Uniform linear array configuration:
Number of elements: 16
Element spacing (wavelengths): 0.75
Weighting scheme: cosine
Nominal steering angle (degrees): -60
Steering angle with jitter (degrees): -60.478
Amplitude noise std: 0.05
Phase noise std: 0.05

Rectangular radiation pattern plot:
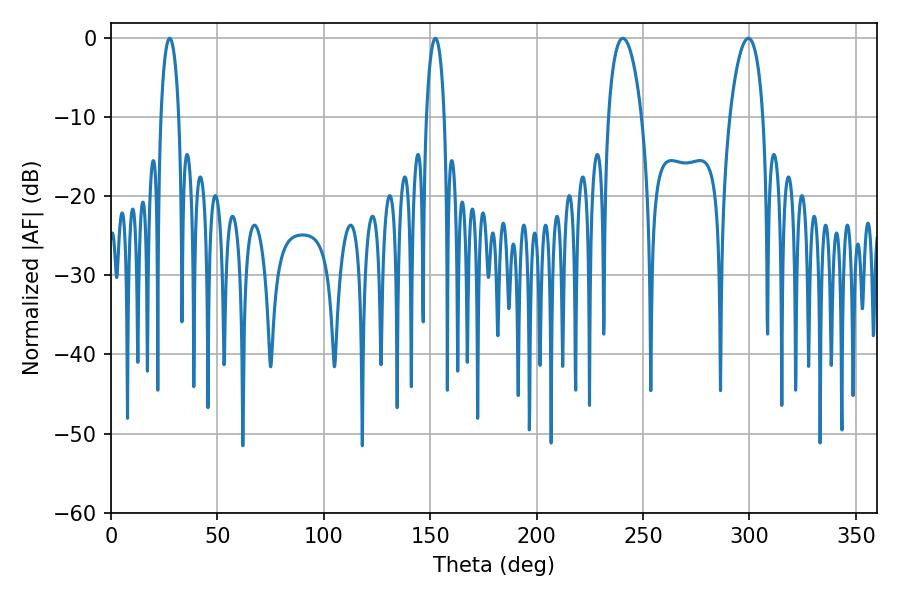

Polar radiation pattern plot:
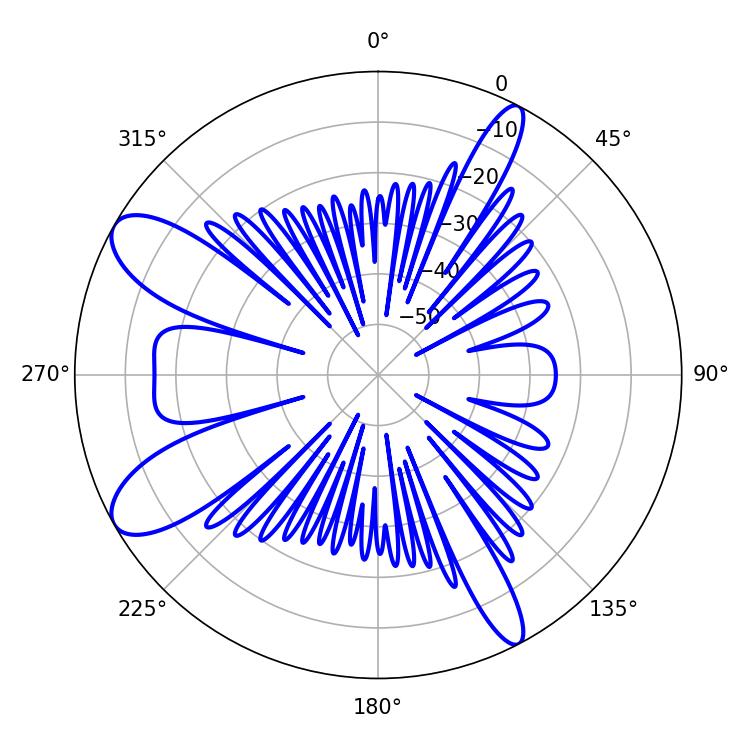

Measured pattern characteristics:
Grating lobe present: TRUE
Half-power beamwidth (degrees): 9
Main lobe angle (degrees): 240.48